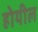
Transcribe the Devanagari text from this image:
होयील